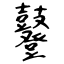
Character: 鼟